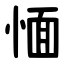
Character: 愐